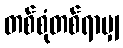
တစ်စုံတစ်ရာမျှ